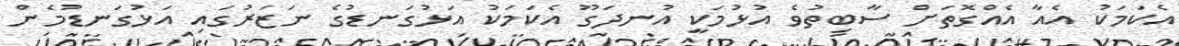
އެކަމަކު އެއާ އެއްގޮތަށް ސާބިތުވެ އުޅުމަކީ އުނދަގޫ އެކަމަކު އަޅުގަނޑުގެ ނަޒަރުގައި އަޅުގަނޑުމެން